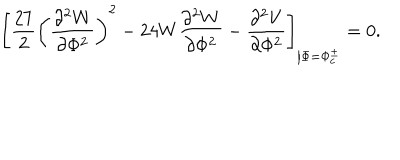
\left[ \frac { 2 7 } { 2 } \left( \frac { \partial ^ { 2 } W } { \partial \Phi ^ { 2 } } \right) ^ { 2 } - 2 4 W \frac { \partial ^ { 2 } W } { \partial \Phi ^ { 2 } } - \frac { \partial ^ { 2 } V } { \partial \Phi ^ { 2 } } \right] _ { \left| \Phi = \Phi _ { c } ^ { \pm } \right. } = 0 .